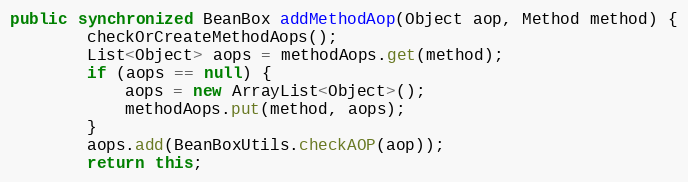
Language: Java
public synchronized BeanBox addMethodAop(Object aop, Method method) {
		checkOrCreateMethodAops();
		List<Object> aops = methodAops.get(method);
		if (aops == null) {
			aops = new ArrayList<Object>();
			methodAops.put(method, aops);
		}
		aops.add(BeanBoxUtils.checkAOP(aop));
		return this;